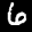
Label: 6